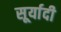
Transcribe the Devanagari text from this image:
सूर्यादी